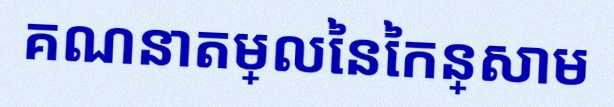
គណនាតម្លៃនៃកន្សោម